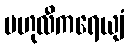
ဗဟုလီကရေယျံ